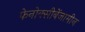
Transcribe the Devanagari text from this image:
फेनोक्सीबेंजामीन